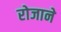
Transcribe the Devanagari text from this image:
रोजाने